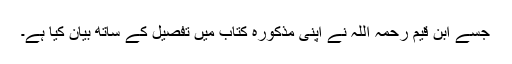
جسے ابن قیم رحمہ اللہ نے اپنی مذکورہ کتاب میں تفصیل کے ساتھ بیان کیا ہے۔